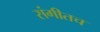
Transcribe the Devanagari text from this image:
संगीतच